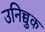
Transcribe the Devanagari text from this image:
उनिच्चुक